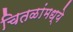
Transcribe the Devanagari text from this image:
चितळांमध्ये